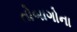
તોબાગોના